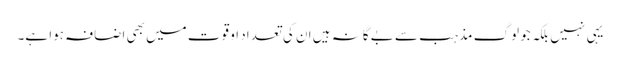
یہی نہیں بلکہ جو لوگ مذہب سے بے گانہ ہیں ان کی تعداد او قوت میں بھی اضافہ ہوا ہے۔